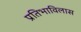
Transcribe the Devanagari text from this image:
प्रतिभाविलास